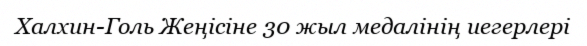
Халхин-Голь Жеңісіне 30 жыл медалінің иегерлері